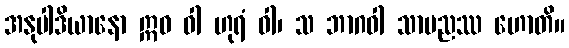
အနုပါဒိယာနော ဣဓ ဝါ ဟုရံ ဝါ၊ သ ဘာဂဝါ သာမညဿ ဟောတိ။